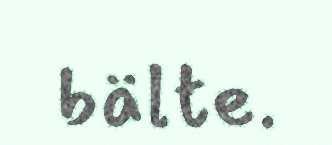
bälte.